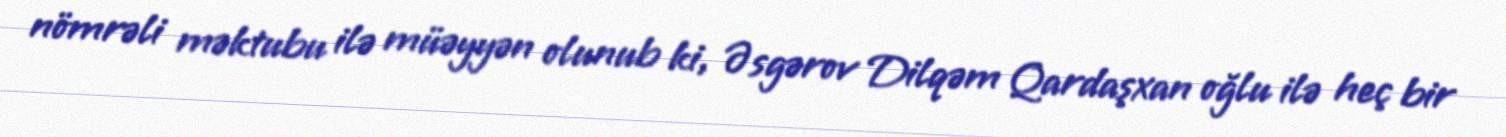
nömrəli məktubu ilə müəyyən olunub ki, Əsgərov Dilqəm Qardaşxan oğlu ilə heç bir